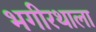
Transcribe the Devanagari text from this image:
भगीरथाला